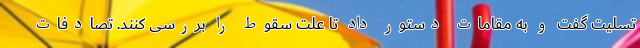
تسلیت گفت و به مقامات دستور داد تا علت سقوط را بررسی کنند. تصادفات